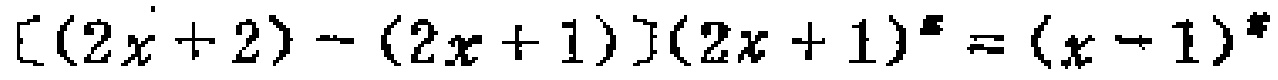
\([(2x + 2) - (2x + 1)](2x + 1)^{x}=(x - 1)^{x}\)